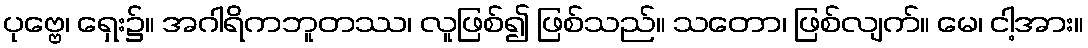
ပုဗ္ဗေ၊ ရှေး၌။ အဂါရိကဘူတဿ၊ လူဖြစ်၍ ဖြစ်သည်။ သတော၊ ဖြစ်လျက်။ မေ၊ ငါ့အား။